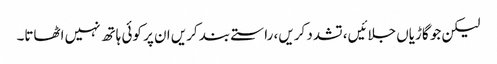
لیکن جو گاڑیاں جلائیں، تشدد کریں، راستے بند کریں ان پر کوئی ہاتھ نہیں اٹھاتا۔